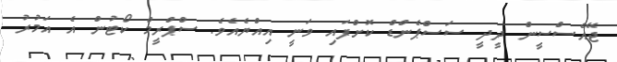
ޖޭއެސްސީން ދީދީ ސަސްޕެންޑް ކޮށްފައި ވަނީ އިއްޔެއެވެ. ސްޕްރީމް ކޯޓުން އެ އަމުރު